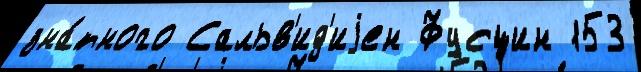
зна́тного Сальв'ид'иjен Фусцин 153